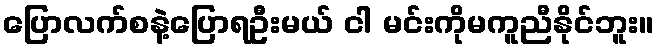
ပြောလက်စနဲ့ပြောရဦးမယ် ငါ မင်းကိုမကူညီနိုင်ဘူး။